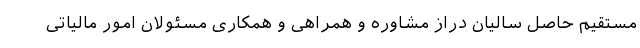
مستقیم حاصل سالیان دراز مشاوره و همراهی و همکاری مسئولان امور مالیاتی